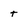
Character: T